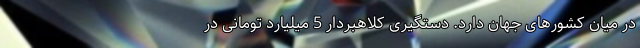
در میان کشورهای جهان دارد. دستگیری کلاهبردار 5 میلیارد تومانی در